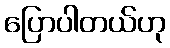
ပြောပါတယ်ဟု